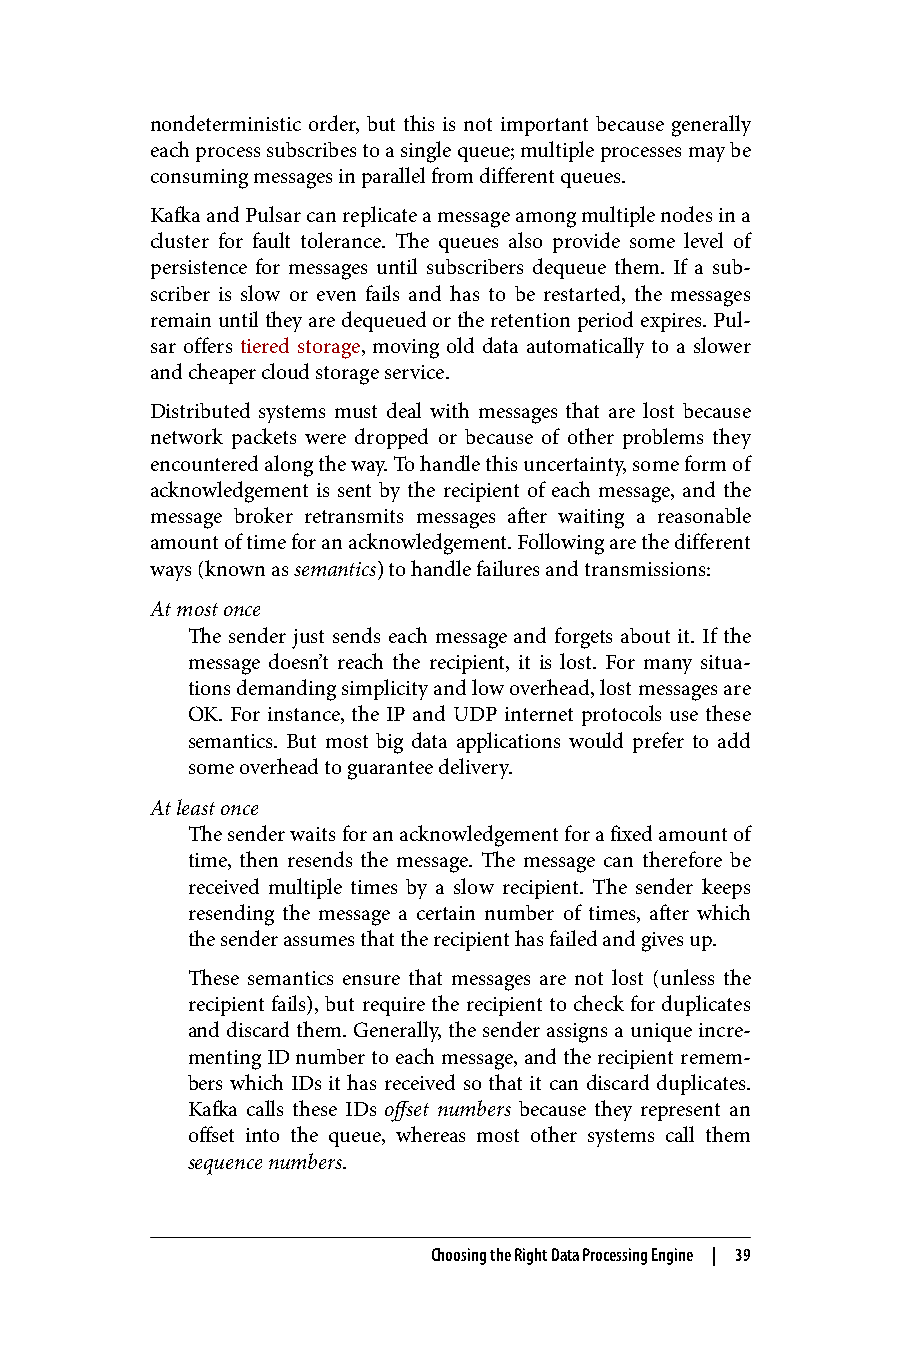
nondeterministic order, but this is not important because generally
 each process subscribes to a single queue; multiple processes may be
 consuming messages in parallel from different queues.
 Kafka and Pulsar can replicate a message among multiple nodes in a
 cluster for fault tolerance. The queues also provide some level of
 persistence for messages until subscribers dequeue them. If a sub‐
 scriber is slow or even fails and has to be restarted, the messages
 remain until they are dequeued or the retention period expires. Pul‐
 sar offers tiered storage, moving old data automatically to a slower
 and cheaper cloud storage service.
 Distributed systems must deal with messages that are lost because
 network packets were dropped or because of other problems they
 encountered along the way. To handle this uncertainty, some form of
 acknowledgement is sent by the recipient of each message, and the
 message broker retransmits messages after waiting a reasonable
 amount of time for an acknowledgement. Following are the different
 ways (known as semantics) to handle failures and transmissions:
 At most once
 The sender just sends each message and forgets about it. If the
 message doesn’t reach the recipient, it is lost. For many situa‐
 tions demanding simplicity and low overhead, lost messages are
 OK. For instance, the IP and UDP internet protocols use these
 semantics. But most big data applications would prefer to add
 some overhead to guarantee delivery.
 At least once
 The sender waits for an acknowledgement for a fixed amount of
 time, then resends the message. The message can therefore be
 received multiple times by a slow recipient. The sender keeps
 resending the message a certain number of times, after which
 the sender assumes that the recipient has failed and gives up.
 These semantics ensure that messages are not lost (unless the
 recipient fails), but require the recipient to check for duplicates
 and discard them. Generally, the sender assigns a unique incre‐
 menting ID number to each message, and the recipient remem‐
 bers which IDs it has received so that it can discard duplicates.
 Kafka calls these IDs offset numbers because they represent an
 offset into the queue, whereas most other systems call them
 sequence numbers.
 Choosing the Right Data Processing Engine | 39